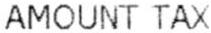
AMOUNT TAX